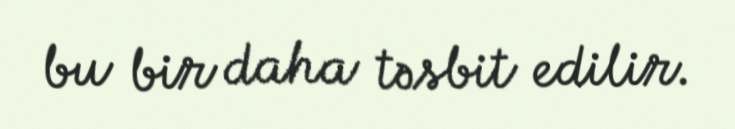
bu bir daha təsbit edilir.